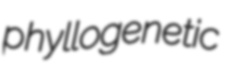
phyllogenetic